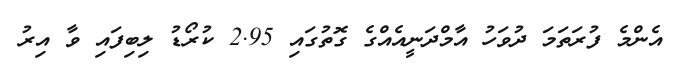
އެންމެ ފުރަތަމަ ދުވަހު އާމްދަނީއެއްގެ ގޮތުގައި 2.95 ކުރޯޑު ލިބިފައި ވާ އިރު